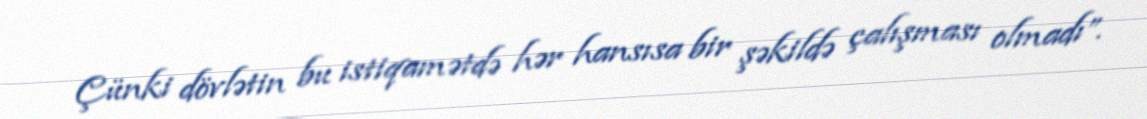
Çünki dövlətin bu istiqamətdə hər hansısa bir şəkildə çalışması olmadı”.